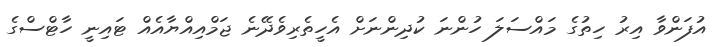
އުފަންވާ އިރު ހިތުގެ މައްސަލަ ހުންނަ ކުދިންނަށް އެހީތެރިވެދޭނެ ޖަމްއިއްޔާއެއް ޓައިނީ ހާޓްސްގެ